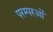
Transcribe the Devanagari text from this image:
परम्परओं